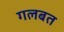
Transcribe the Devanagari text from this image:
गलबत